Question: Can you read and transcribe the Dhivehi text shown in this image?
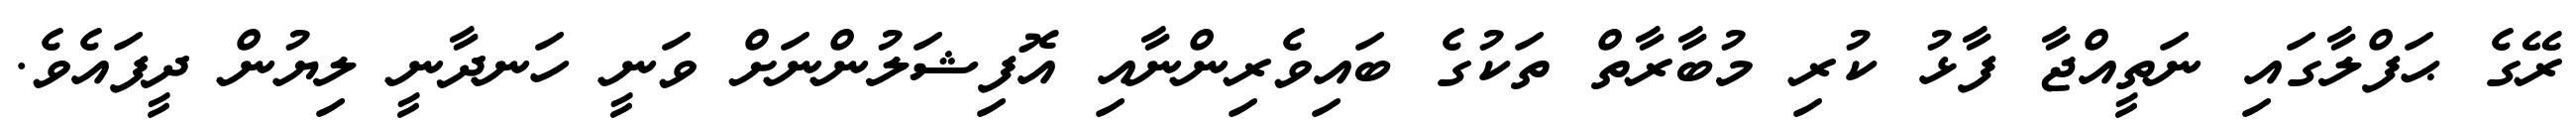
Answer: ރޭގެ ޙަފްލާގައި ނަތީއްޖާ ފާޅު ކުރި މުބާރާތް ތަކުގެ ބައިވެރިންނާއި އޮފިޝަލުންނަށް ވަނީ ހަނދާނީ ލިޔުން ދީފައެވެ.